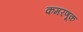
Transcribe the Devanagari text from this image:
कमरणूक